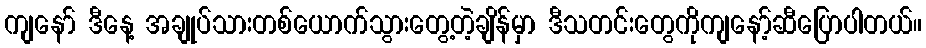
ကျနော် ဒီနေ့ အချုပ်သားတစ်ယောက်သွားတွေ့တဲ့ချိန်မှာ ဒီသတင်းတွေကိုကျနော့်ဆီပြောပါတယ်။